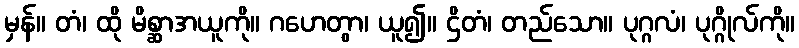
မှန်။ တံ၊ ထို မိစ္ဆာအယူကို။ ဂဟေတွာ၊ ယူ၍။ ဌိတံ၊ တည်သော။ ပုဂ္ဂလံ၊ ပုဂ္ဂိုလ်ကို။